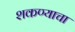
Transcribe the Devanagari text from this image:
शकण्याचा